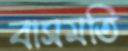
বাসমতি